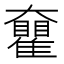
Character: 𡚝